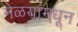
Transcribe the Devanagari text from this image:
मेळयांमधून